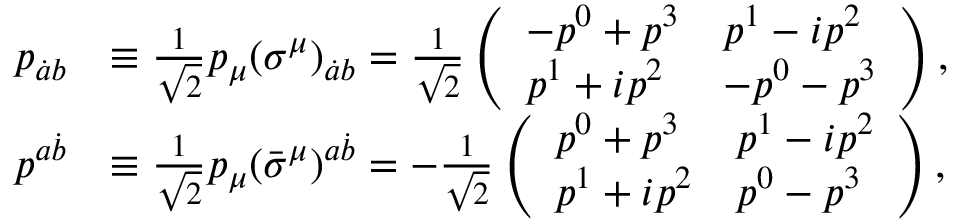
\begin{array} { r l } { p _ { \dot { a } b } } & { \equiv \frac { 1 } { \sqrt { 2 } } p _ { \mu } ( \sigma ^ { \mu } ) _ { \dot { a } b } = \frac { 1 } { \sqrt { 2 } } \left( \begin{array} { l l } { - p ^ { 0 } + p ^ { 3 } } & { p ^ { 1 } - i p ^ { 2 } } \\ { p ^ { 1 } + i p ^ { 2 } } & { - p ^ { 0 } - p ^ { 3 } } \end{array} \right) , } \\ { p ^ { a \dot { b } } } & { \equiv \frac { 1 } { \sqrt { 2 } } p _ { \mu } ( \bar { \sigma } ^ { \mu } ) ^ { a \dot { b } } = - \frac { 1 } { \sqrt { 2 } } \left( \begin{array} { l l } { p ^ { 0 } + p ^ { 3 } } & { p ^ { 1 } - i p ^ { 2 } } \\ { p ^ { 1 } + i p ^ { 2 } } & { p ^ { 0 } - p ^ { 3 } } \end{array} \right) , } \end{array}